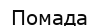
Помада